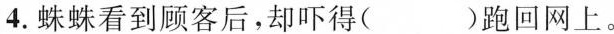
4.蛛蛛看到顾客后，却吓得( )跑回网上。